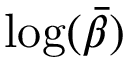
\log ( \bar { \beta } )